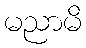
မညာမိ